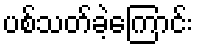
ပစ်သတ်ခဲ့ကြောင်း